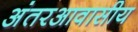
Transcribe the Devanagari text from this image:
अंतरआवासीय